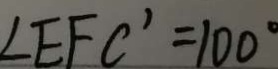
\angle E F C ^ { \prime } = 1 0 0 ^ { \circ }